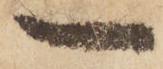
一